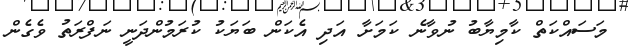
މަަސައްކަތް ކާމިޔާބު ނުވާނެ ކަމަށާ އަދި އެކަން ބަޔަކު ކުރަމުންދަނީ ނަފްރަތު ވެގެން